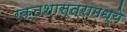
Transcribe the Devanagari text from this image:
रक्तशास्त्रामध्ये